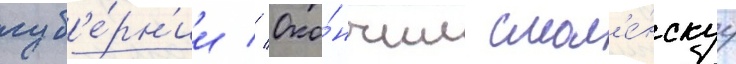
губ'е́рн'ии // Око́нчил смол'е́нскуу